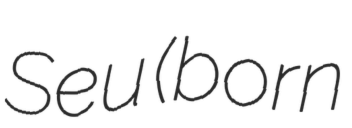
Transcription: Seu (born